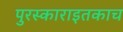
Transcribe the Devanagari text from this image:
पुरस्काराइतकाच